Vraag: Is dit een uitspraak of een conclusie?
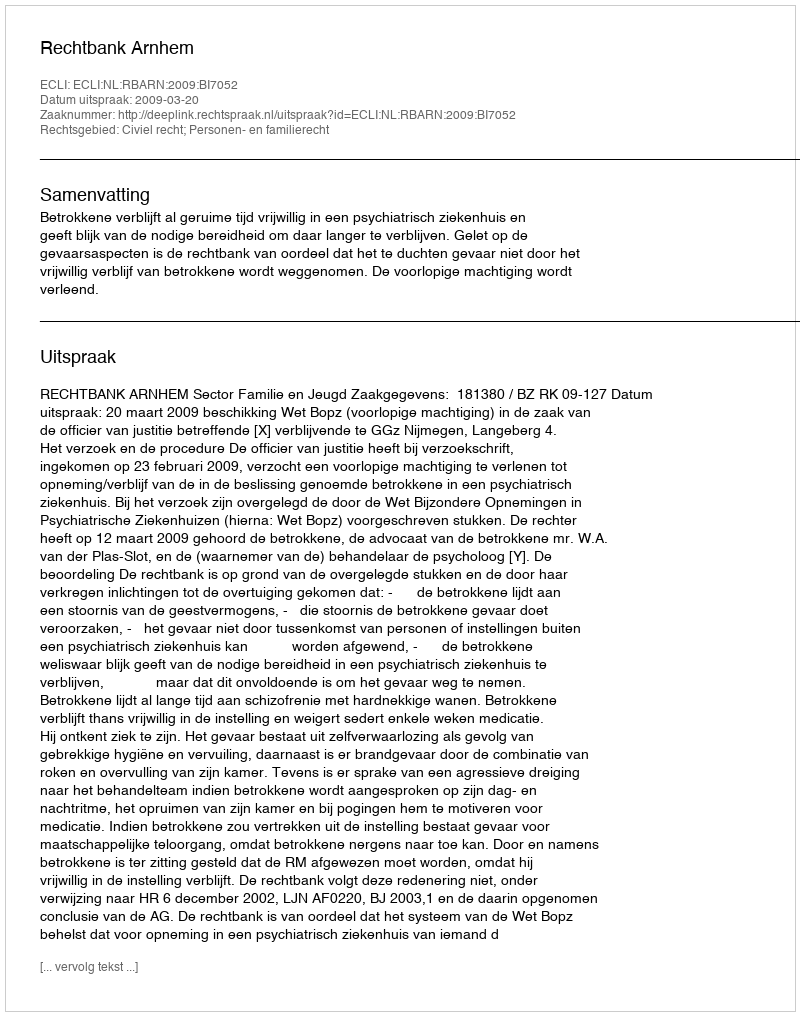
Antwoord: Uitspraak